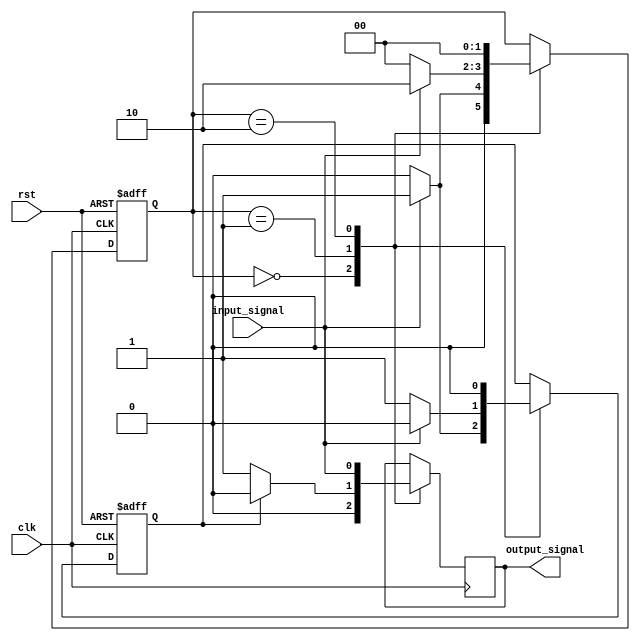
module mealy_state_machine (
    input clk,
    input rst,
    input input_signal,
    output reg output_signal
);

// State variables
parameter S0 = 2'b00;
parameter S1 = 2'b01;
parameter S2 = 2'b10;

// State register
reg [1:0] state_reg;
reg wait_state;

// Next state logic
always @(posedge clk or posedge rst) begin
    if (rst) begin
        state_reg <= S0;
        wait_state <= 0;
    end else begin
        case (state_reg)
            S0: begin
                if (input_signal) begin
                    state_reg <= S1;
                    wait_state <= 1;
                end else begin
                    state_reg <= S0;
                    wait_state <= 0;
                end
            end
            S1: begin
                if (input_signal) begin
                    state_reg <= S2;
                    wait_state <= 0;
                end else begin
                    state_reg <= S0;
                    wait_state <= 1;
                end
            end
            S2: begin
                state_reg <= S0;
                wait_state <= 0;
            end
        endcase
    end
end

// Output logic
always @(posedge clk) begin
    case (state_reg)
        S0: begin
            output_signal <= 0;
        end
        S1: begin
            if (wait_state) begin
                output_signal <= 0;
            end else begin
                output_signal <= 1;
            end
        end
        S2: begin
            output_signal <= input_signal;
        end
    endcase
end

endmodule